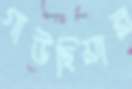
গাউছিয়ার